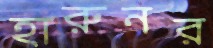
হারুনর